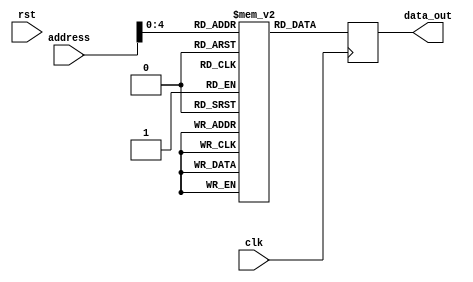
module program_memory(input clk, rst, input [7:0] address, output reg [7:0] data_out);
  
  parameter MEM_SIZE = 28;// Using a 16 locations for 4 bit processor
  reg [7:0] memory [0:MEM_SIZE-1];
// 4 machine cycle is needed for each operation
initial
begin                           //Clock Cycles
memory[0]  = 8'b1111_0001;//LDI //4 Loads Value=0001 immediately to Accumulator
memory[1]  = 8'b1101_0001;//STA //4 Stores Accumulator value - RAM Location=4x0001(R1)
memory[2]  = 8'b1111_1000;//LDI //4 Loads Value=1000 immediately to Accumulator
memory[3]  = 8'b0001_0001;//ADD //4 ONLY or 2 check it Addition of Value stores in Accumulator(1000) and Memory Address Location=4x0001
memory[4]  = 8'b1101_0010;//STA Stores Accumulator value - RAM Location=4x0010(R2)

memory[5]  = 8'b1111_1111;//LDI Load Value = 1111 to Accumulator
memory[6]  = 8'b1101_0011;//STA Stores the value to RAM Location=4x0011;(R3)
memory[7]  = 8'b1111_0111;//LDI Load Value = 0111 to Accumulator
memory[8]  = 8'b0010_0011;//SUB Subtraction of value in ram=0011(1111) and 0111 = 8(decimal 16-7) 1000
memory[9]  = 8'b1101_0100;//STA Stores Accumulator value tp - RAM location=4x0100(R4)

memory[10] = 8'b1111_1010;//LDI Load Value = 1010 to Accumulator
memory[11] = 8'b1101_0101;//STA Stores the value to RAM Location=4x0101;(R5)
memory[12] = 8'b1111_0011;//LDI Load Value = 0011 to Accumulator
memory[13] = 8'b0011_0101;//AND Bitwise AND operation value in ram(R5)=1010 and value 0011 //OUPUT = 0010(Deciaml 2)
memory[14] = 8'b1101_0110;//STA Stores the value to RAM Location=4x0110;(R6)

memory[15] = 8'b1111_1111;//LDI Load Value = 1111 to Accumulator
memory[16] = 8'b1101_0111;//STA Stores the value to RAM Location=4x0111;(R7)
memory[17] = 8'b1111_0011;//LDI Load Value = 0011 to Accumulator
memory[18] = 8'b0110_0111;//CMP Compare operation and update flag in ram(R5)=1010 and value 0011 //OUPUT = 0010(Deciaml 2)
memory[19] = 8'b1101_1000 ;//STA Stores the value to RAM Location=4x1000;(R8)
memory[20] = 8'b1110_1000;
memory[21] = 8'b1011_1011;//Takes input ports value and stores in RAM Location=4x1011(R9)

memory[22] = 8'b1111_0000;//LDI Load Value = 0001 to Accumulator
memory[23] = 8'b1101_1111;//STA Stores the value to RAM Location=4x1111;(R16)
memory[24] = 8'b1111_0101;//LDI Load Value = 1001 to Accumulator
memory[25] = 8'b1001_1111;//JMP Jumps to specific program address Location=0001+0101(memory[21])

end

  // Read the memory value based on the address
  always @(posedge clk) begin
    data_out <= memory[address];
  end

endmodule